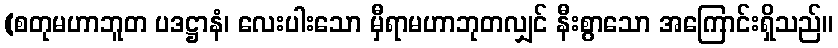
(စတုမဟာဘူတ ပဒဋ္ဌာနံ၊ လေးပါးသော မှီရာမဟာဘုတလျှင် နီးစွာသော အကြောင်းရှိသည်။